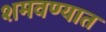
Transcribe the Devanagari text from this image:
शमवण्यात